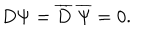
LaTeX: D \Psi = { \overline { { D } } } ~ { \overline { { \Psi } } } = 0 .